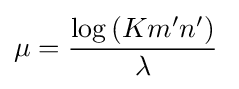
\mu ={\frac {\log \left(Km'n'\right)}{\lambda }}\;